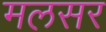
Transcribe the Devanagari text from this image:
मलसर